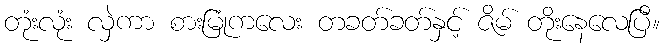
တုံးလုံး လှဲကာ စားမြုံကလေး တခတ်ခတ်နှင့် ဇိမ် တိုးနေလေပြီ။